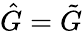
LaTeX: \hat{G}=\tilde{G}